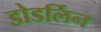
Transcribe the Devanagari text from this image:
डोडर्लिन